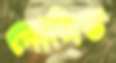
দোলিত